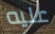
عليه